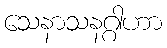
သေနာသနဂ္ဂါဟာ